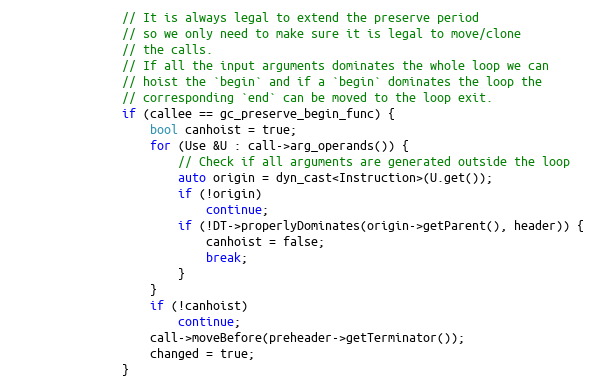
Language: C++
                // It is always legal to extend the preserve period
                // so we only need to make sure it is legal to move/clone
                // the calls.
                // If all the input arguments dominates the whole loop we can
                // hoist the `begin` and if a `begin` dominates the loop the
                // corresponding `end` can be moved to the loop exit.
                if (callee == gc_preserve_begin_func) {
                    bool canhoist = true;
                    for (Use &U : call->arg_operands()) {
                        // Check if all arguments are generated outside the loop
                        auto origin = dyn_cast<Instruction>(U.get());
                        if (!origin)
                            continue;
                        if (!DT->properlyDominates(origin->getParent(), header)) {
                            canhoist = false;
                            break;
                        }
                    }
                    if (!canhoist)
                        continue;
                    call->moveBefore(preheader->getTerminator());
                    changed = true;
                }